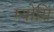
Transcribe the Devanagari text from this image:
म्योसिं